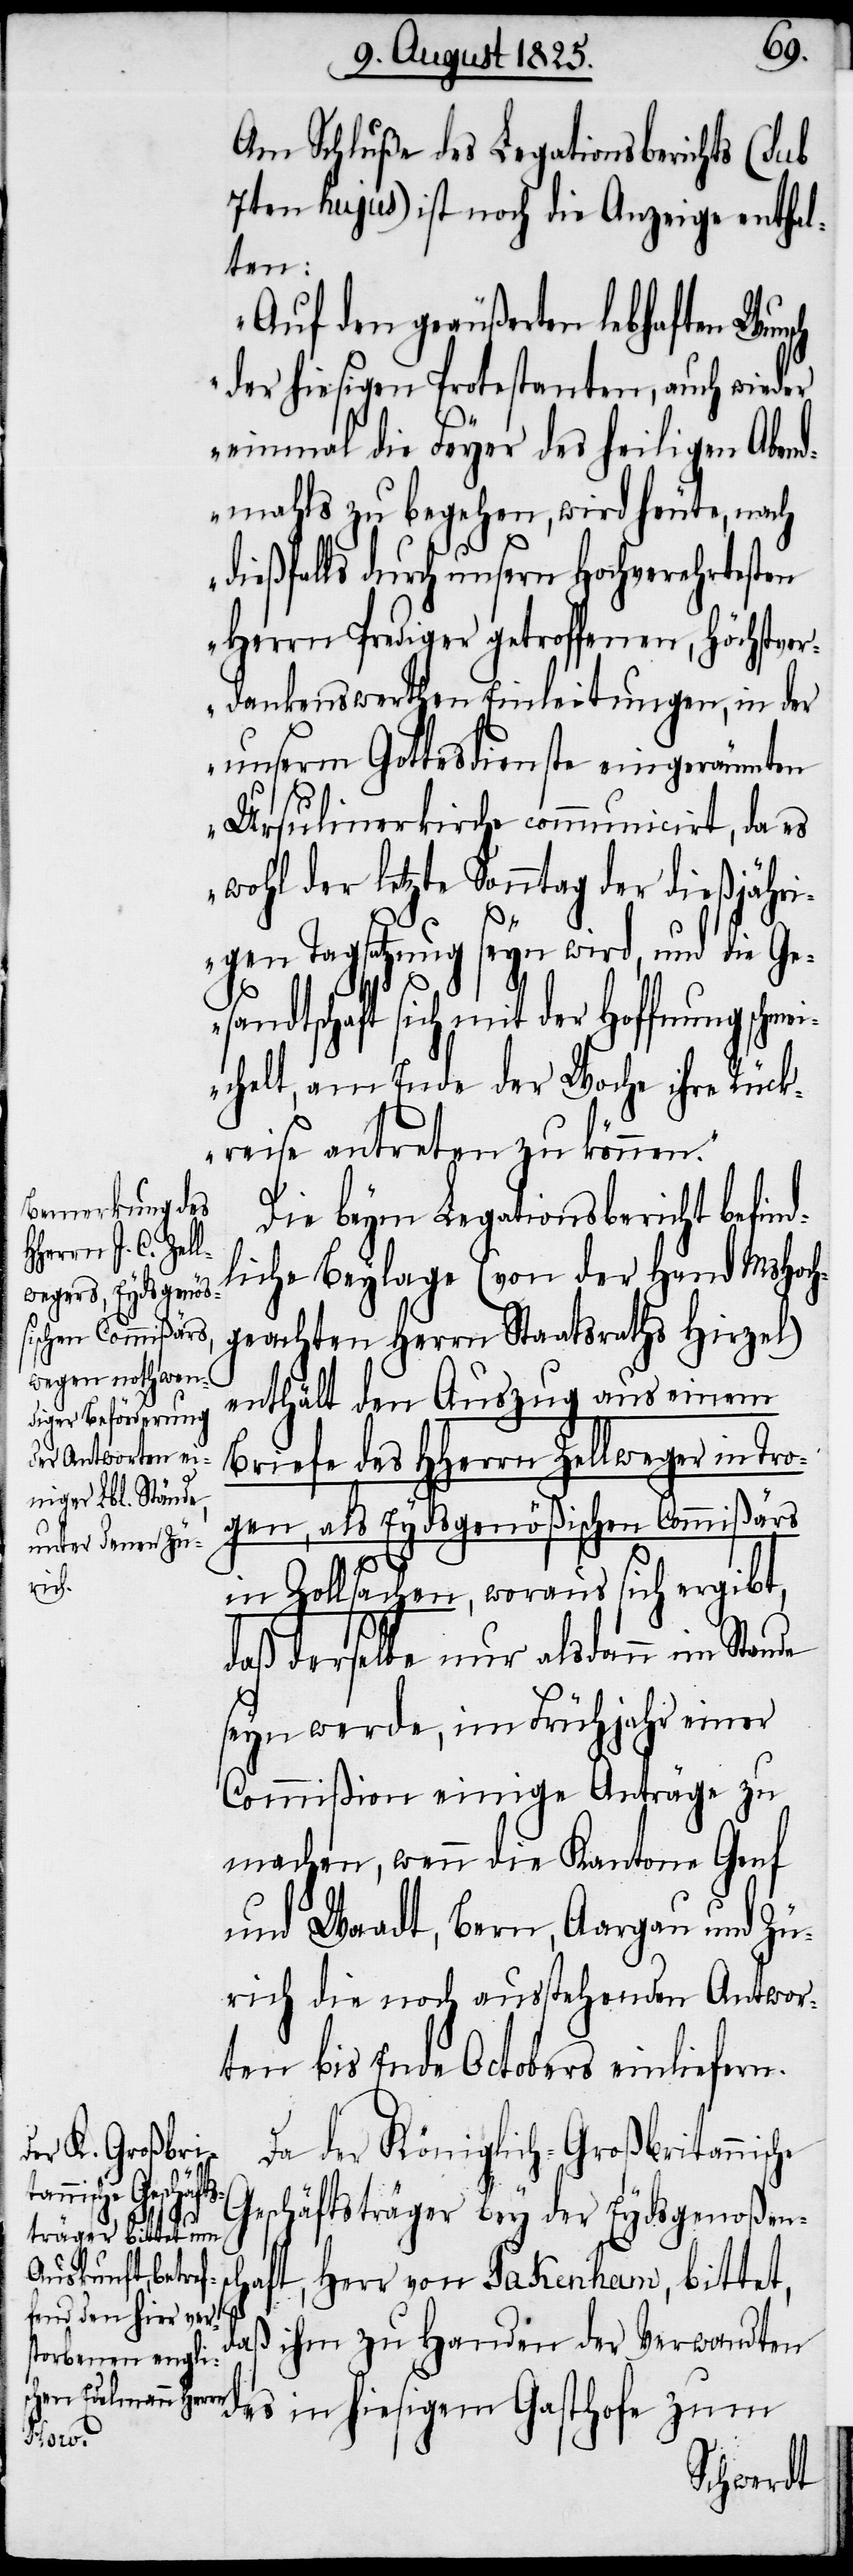
Am Schluße des Legationsberichts (sub
7ten hujus) ist noch die Anzeige enthal¬
ten:
„Auf den geäußerten lebhaften Wun¬
der hiesigen Protestanten, auch wieder
einmal die Feyer des heiligen Abend¬
mahls zu begehen, wird heute, nach
dießfalls durch unsern Hochverehrten
Herrn Prediger getroffenen, höchstver¬
dankenswerthen Einleitungen, in der
unsern Gottesdienste eingeräumten
Ursulinerkirche communicirt, da es
wohl der letzte Sonntag der dießjähri¬
gen Tagsatzung seyn wird, und die Ge¬
sandtschaft sich mit der Hoffnung schmei¬
chelt, am Ende der Woche ihre Rück¬
reise antreten zu können.
Die beym Legationsbericht befind¬
liche Beylage (von der Hand MsHoch¬
geachten Herrn Staatsraths Hirzel)
enthält den Auszug aus einem
Briefe des HHerrn Zellweger in Tro¬
gen, als Eydsgenößischen Commißärs
in Zollsachen, woraus sich ergibt,
daß derselbe immer alsdann im Stande
seyn werde, im Frühjahr einer
Commißion einige Anträge zu
machen, wenn die Kantone Genf
und Waadt, Bern, Aargau und Zü¬
rich die noch ausstehenden Antwor¬
ten bis Ende Octobers einliefern.
Da der Königlich-Großbritannische
Geschäftsträger bey der Eydsgenoßen¬
schaft, Herr von Pakenham, bittet,
daß ihm zu Handen der Verwandten
des in hiesigem Gasthofe zum
sch